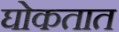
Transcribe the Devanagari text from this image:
घोकतात